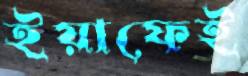
ইয়াফেই